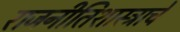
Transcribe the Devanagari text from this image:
राजनीतिशास्त्राचे